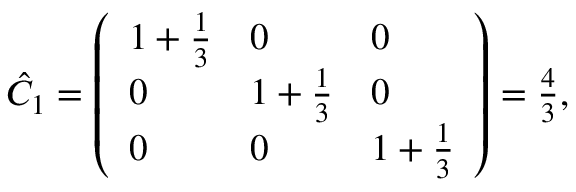
\begin{array} { r } { \hat { C } _ { 1 } = \left( \begin{array} { l l l } { 1 + \frac { 1 } { 3 } } & { 0 } & { 0 } \\ { 0 } & { 1 + \frac { 1 } { 3 } } & { 0 } \\ { 0 } & { 0 } & { 1 + \frac { 1 } { 3 } } \end{array} \right) = \frac { 4 } { 3 } , } \end{array}